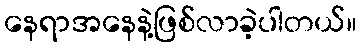
နေရာအနေနဲ့ဖြစ်လာခဲ့ပါတယ်။